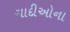
ગાદીઓના